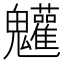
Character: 𩵄